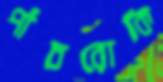
পাঁচরোকি